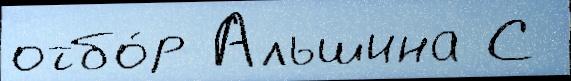
отбо́р Альшина С